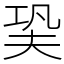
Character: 㠫